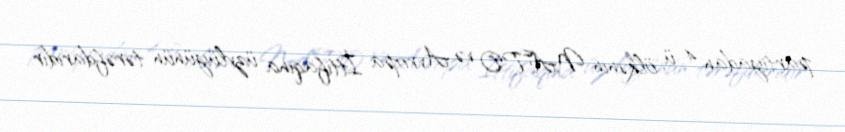
partiyadan 4-ü ölkənin NATO və Avropa İttifaqına üzvlüyünün tərəfdarıdır.